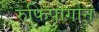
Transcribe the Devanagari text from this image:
रुफिपोगोन